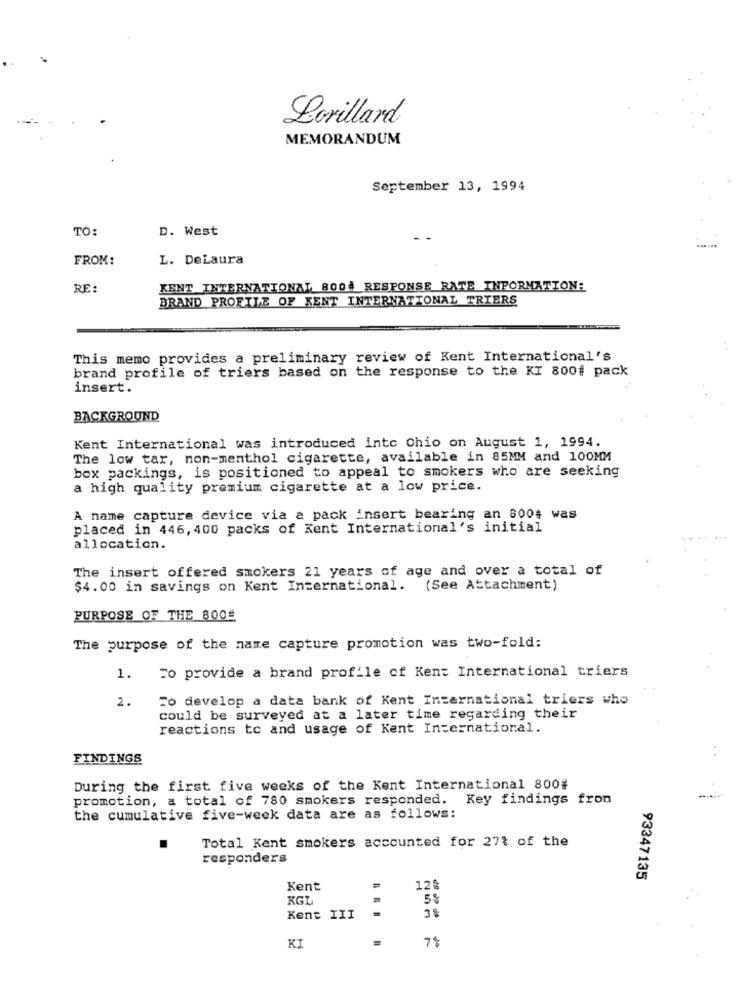
Lorillard
MEMORANDUM
September 13, 1994
TO:
D. West
FROM:
L. DeLaura
RE:
KENT INTERNATIONAL 8004 RESPONSE RATE INFORMATION:
BRAND PROFILE OF KENT INTERNATIONAL TRIERS
This memo provides a preliminary review of Kent International's
brand profile of triers based on the response to the KI 800# pack
insert.
BACKGROUND
Kent International was introduced into Ohio on August 1, 1994.
The low tar, non-menthol cigarette, available in 85MM and 100MM
box packings, is positioned to appeal to smokers who are seeking
a high quality premium cigarette at a low price.
A name capture device via a pack insert bearing an 800$ was
placed in 446, 400 packs of Kent International's initial
allocation.
The insert offered smokers 21 years of age and over a total of
$4.00 in savings on Kent International. (See Attachment)
PURPOSE OF THE 800
The purpose of the name capture promotion was two-fold:
To provide a brand profile of Kent International triers
1.
2.
To develop a data bank of Kent International triers who
could be surveyed at a later time regarding their
reactions to and usage of Kent International.
. .
FINDINGS
During the first five weeks of the Kent International 800#
promotion, a total of 780 smokers responded. Key findings from
the cumulative five-week data are as follows:
Total Kent smokers accounted for 27% of the
responders
93347135
Kent
12%
KGL
5$
3$
Kent III
7%
KI